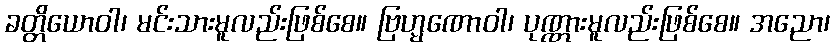
ခတ္တိယောဝါ၊ မင်းသားမူလည်းဖြစ်စေ။ ဗြဟ္မဏောဝါ၊ ပုဏ္ဏားမူလည်းဖြစ်စေ။ အညော၊